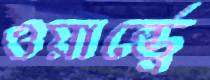
ওয়ার্ল্ভ্রে